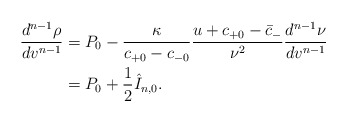
\begin{align*} \frac{d^{n-1}\rho}{dv^{n-1}}&=P_0-\frac{\kappa}{c_{+0}-c_{-0}}\frac{u+c_{+0}-\bar{c}_-}{\nu^2}\frac{d^{n-1}\nu}{dv^{n-1}}\\&=P_0+\frac{1}{2}\hat{I}_{n,0}.\end{align*}